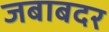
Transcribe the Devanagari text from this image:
जबाबदर